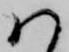
ハ